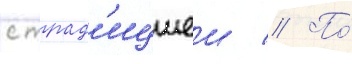
с трад'ициеи // По́